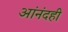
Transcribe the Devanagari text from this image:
आंनंदही